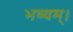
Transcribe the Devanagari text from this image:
भव्यम्।